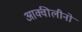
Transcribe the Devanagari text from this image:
आक्वीलीनो